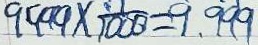
9 9 9 9 \times \frac { 1 } { 1 0 0 0 } = 9 . 9 9 9